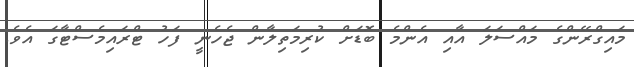
މައިގްރޭންގެ މައްސަލަ އާއި އެންމެ ބޮޑަށް ކުރިމަތިލާން ޖެހެނީ ފަހު ޓްރައިމެސްޓާގަ އެވެ.